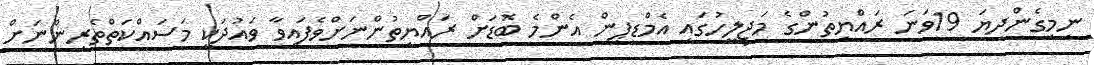
ނިމިގެންދިޔަ 19ވަނަ ރައްޔިތުންގެ މަޖިލީހުގައި އެމްޑީޕީން އެންމެ ބޮޑަށް ރައްޔިތުންނަށްވެފައިވާ ވައުދަކީ މަސައްކަތްތެރިންނަށް